Note on the mental hospitals in Burma - 1925-1940
Year: 1925
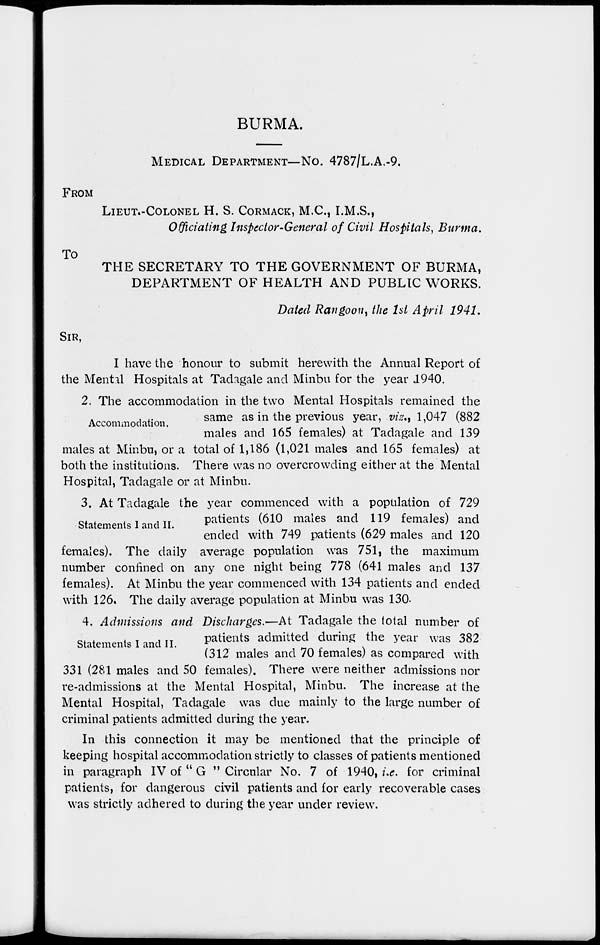
BURMA.
MEDICAL DEPARTMENT—No. 4787/L.A.-9.
FROM
LIEUT.-COLONEL H. S. CORMACK, M.C., I.M.S.,
Officiating Inspector-General of Civil Hospitals, Burma.
To
THE SECRETARY TO THE GOVERNMENT OF BURMA,
DEPARTMENT OF HEALTH AND PUBLIC WORKS.
Dated Rangoon, the 1st April 1941.
SIR,
I have the honour to submit herewith the Annual Report of
the Mental Hospitals at Tadagale and Minbu for the year 1940.
Accommodation.
2. The accommodation in the two Mental Hospitals remained the
same as in the previous year, viz., 1,047 (882
males and 165 females) at Tadagale and 139
males at Minbu, or a total of 1,186 (1,021 males and 165 females) at
both the institutions. There was no overcrowding either at the Mental
Hospital, Tadagale or at Minbu.
Statements I and II.
3. At Tadagale the year commenced with a population of 729
patients (610 males and 119 females) and
ended with 749 patients (629 males and 120
females). The daily average population was 751, the maximum
number confined on any one night being 778 (641 males and 137
females). At Minbu the year commenced with 134 patients and ended
with 126. The daily average population at Minbu was 130.
Statements I and II.
4. Admissions and Discharges.—At Tadagale the total number of
patients admitted during the year was 382
(312 males and 70 females) as compared with
331 (281 males and 50 females). There were neither admissions nor
re-admissions at the Mental Hospital, Minbu. The increase at the
Mental Hospital, Tadagale was due mainly to the large number of
criminal patients admitted during the year.
In this connection it may be mentioned that the principle of
keeping hospital accommodation strictly to classes of patients mentioned
in paragraph IV of " G '' Circular No. 7 of 1940, i.e. for criminal
patients, for dangerous civil patients and for early recoverable cases
was strictly adhered to during the year under review.